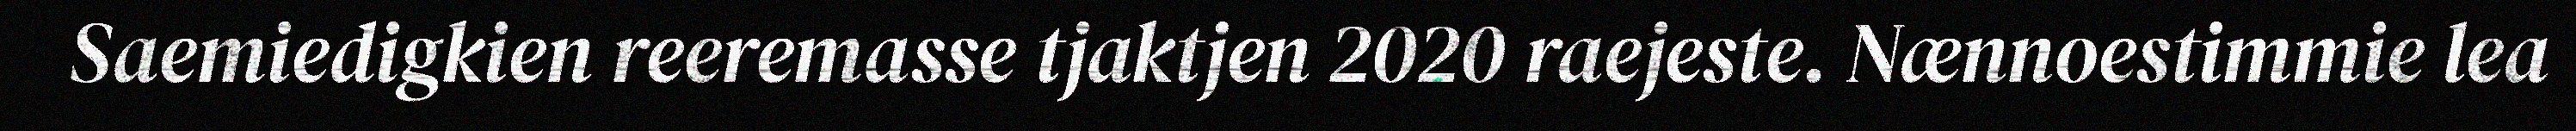
Saemiedigkien reeremasse tjaktjen 2020 raejeste. Nænnoestimmie lea